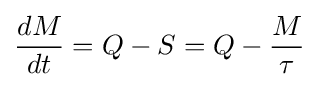
{\frac {dM}{dt}}=Q-S=Q-{\frac {M}{\tau }}